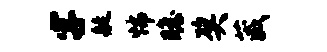
字艇怖瞻奖葳